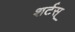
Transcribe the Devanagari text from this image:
शर्टस्